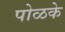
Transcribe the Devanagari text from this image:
पोळके